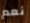
نعم